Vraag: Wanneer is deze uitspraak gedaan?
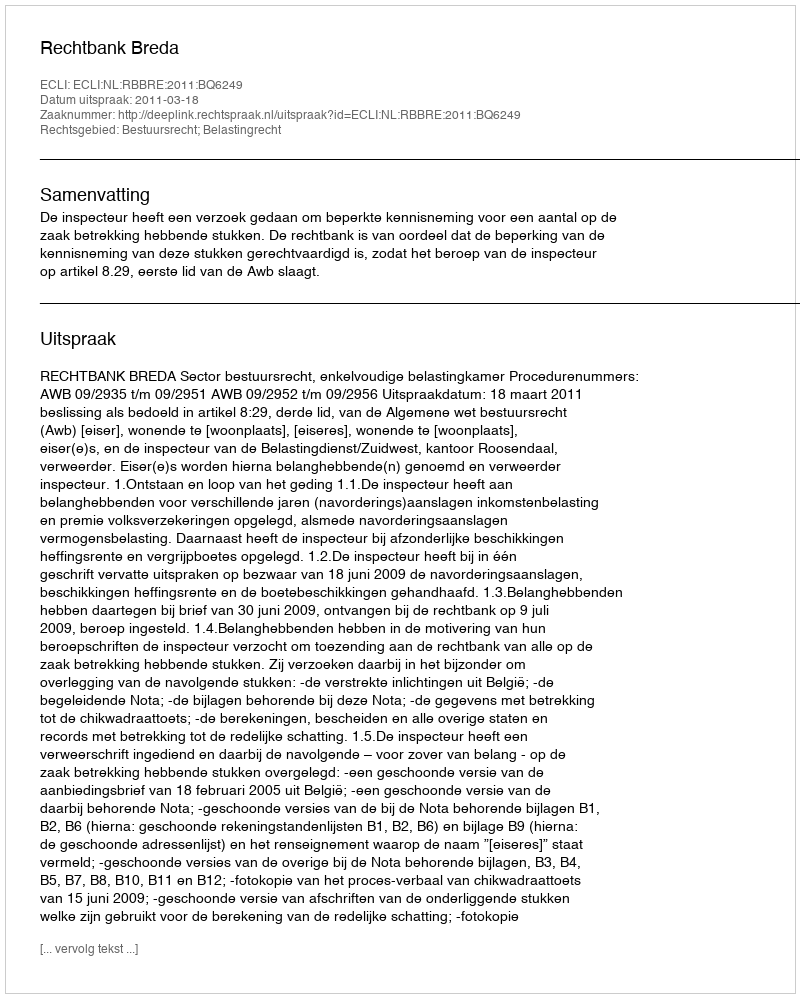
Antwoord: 2011-03-18